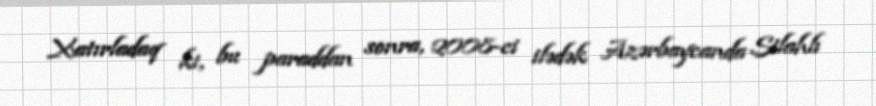
Xatırladaq ki, bu paraddan sonra, 2008-ci ilədək Azərbaycanda Silahlı